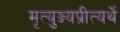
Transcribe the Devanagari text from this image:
मृत्युञ्ज्यप्रीत्यर्थे